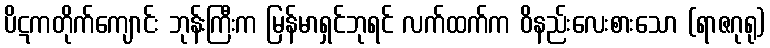
ပိဋကတိုက်ကျောင်း ဘုန်းကြီးက မြန်မာရှင်ဘုရင် လက်ထက်က ဝိနည်းလေးစားသော (ရာဇဂုရု)